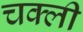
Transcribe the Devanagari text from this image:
चक्ली